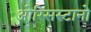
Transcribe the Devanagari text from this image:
ओरिसस्टानो